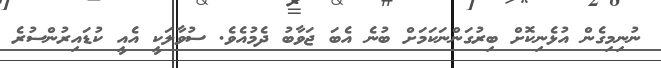
ނުނިމިގެން އުޅެނިކޮށް ބިރުގަންނަކަމަށް ބުނެ އެބަ ޖަވާބު ދެމުއެވެ. ސުވާލަކީ އެއީ ކުޑައިރުންސުރެ